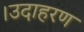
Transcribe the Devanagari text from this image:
।उदाहरण